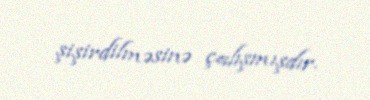
şişirdilməsinə çalışmışdır.